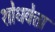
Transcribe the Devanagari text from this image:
शोधवेत्ता